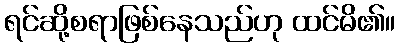
ရင်ဆို့စရာဖြစ်နေသည်ဟု ထင်မိ၏။